Indian journal of veterinary science and animal husbandry - Volume 6,
Year: 1936
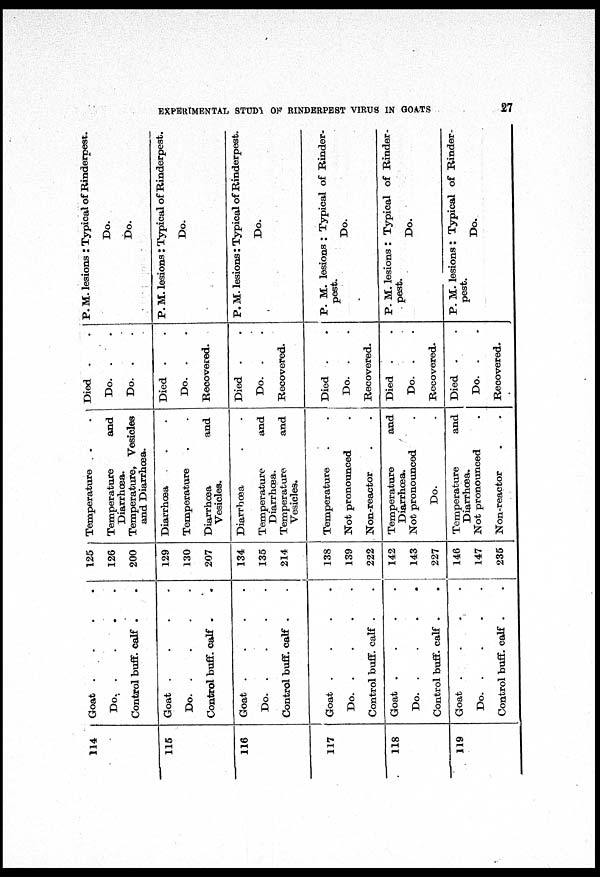
EXPERIMENTAL STUDY OF RINDERPEST VIRUS IN GOATS
27
114
115
116
117
118
119
Goat . . . .
Do.
.
.
.
.
Control buff. calf . .
Goat . . . .
Do.
.
.
.
.
Control buff. Calf . .
Goat . . . .
Do.
.
.
.
.
Control buff. calf . .
Goat . . . .
Do.
.
.
.
.
Control buff. calf . .
Goat . . . .
Do.
.
.
.
.
Control buff. calf .
.
Goat
.
.
.
.
Do.
.
.
.
.
Control buff. calf .
.
125
126
200
129
130
207
134
135
214
138
139
222
142
143
227
146
147
235
Temperature
.
.
Temperature and
Diarrhœa.
Temperature, Vesicles
and Diarrhœa.
Diarrhœa . .
Temperature
.
.
Diarrhœa and
Vesicles.
Diarrhœa
.
.
Temperature and
Diarrhœa.
Temperature and
Vesicles.
Temperature
. .
Not pronounced
.
Non-reactor
.
.
Temperature and
Diarrhœa.
Not pronounced .
Do. .
Temperature and
Diarrhœa.
Not pronounced
.
Non-reactor
.
.
Died . .
Do. .
.
Do. .
.
Died . .
Do. . .
Recovered.
Died . .
Do. .
.
Recovered.
Died . .
Do. . .
Recovered.
Died . .
Do. . .
Recovered.
Died . .
Do. .
.
Recovered.
P. M. lesions : Typical of Rinderpest
Do.
Do.
P. M. lesions: Typical of Rinderpest.
Do.
P. M. lesions: Typical of Rinderpest.
Do.
P. M. lesions : Typical of Rinder-
pest.
Do.
P. M. lesions : Typical of Rinder-
pest.
Do.
P. M. lesions: Typical of Rinder-
pest.
Do.